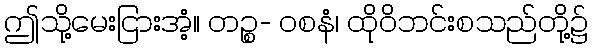
ဤသို့မေးငြားအံ့။ တဉ္စ- ဝစနံ၊ ထိုဝိဘင်းစသည်တို့၌